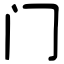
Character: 门